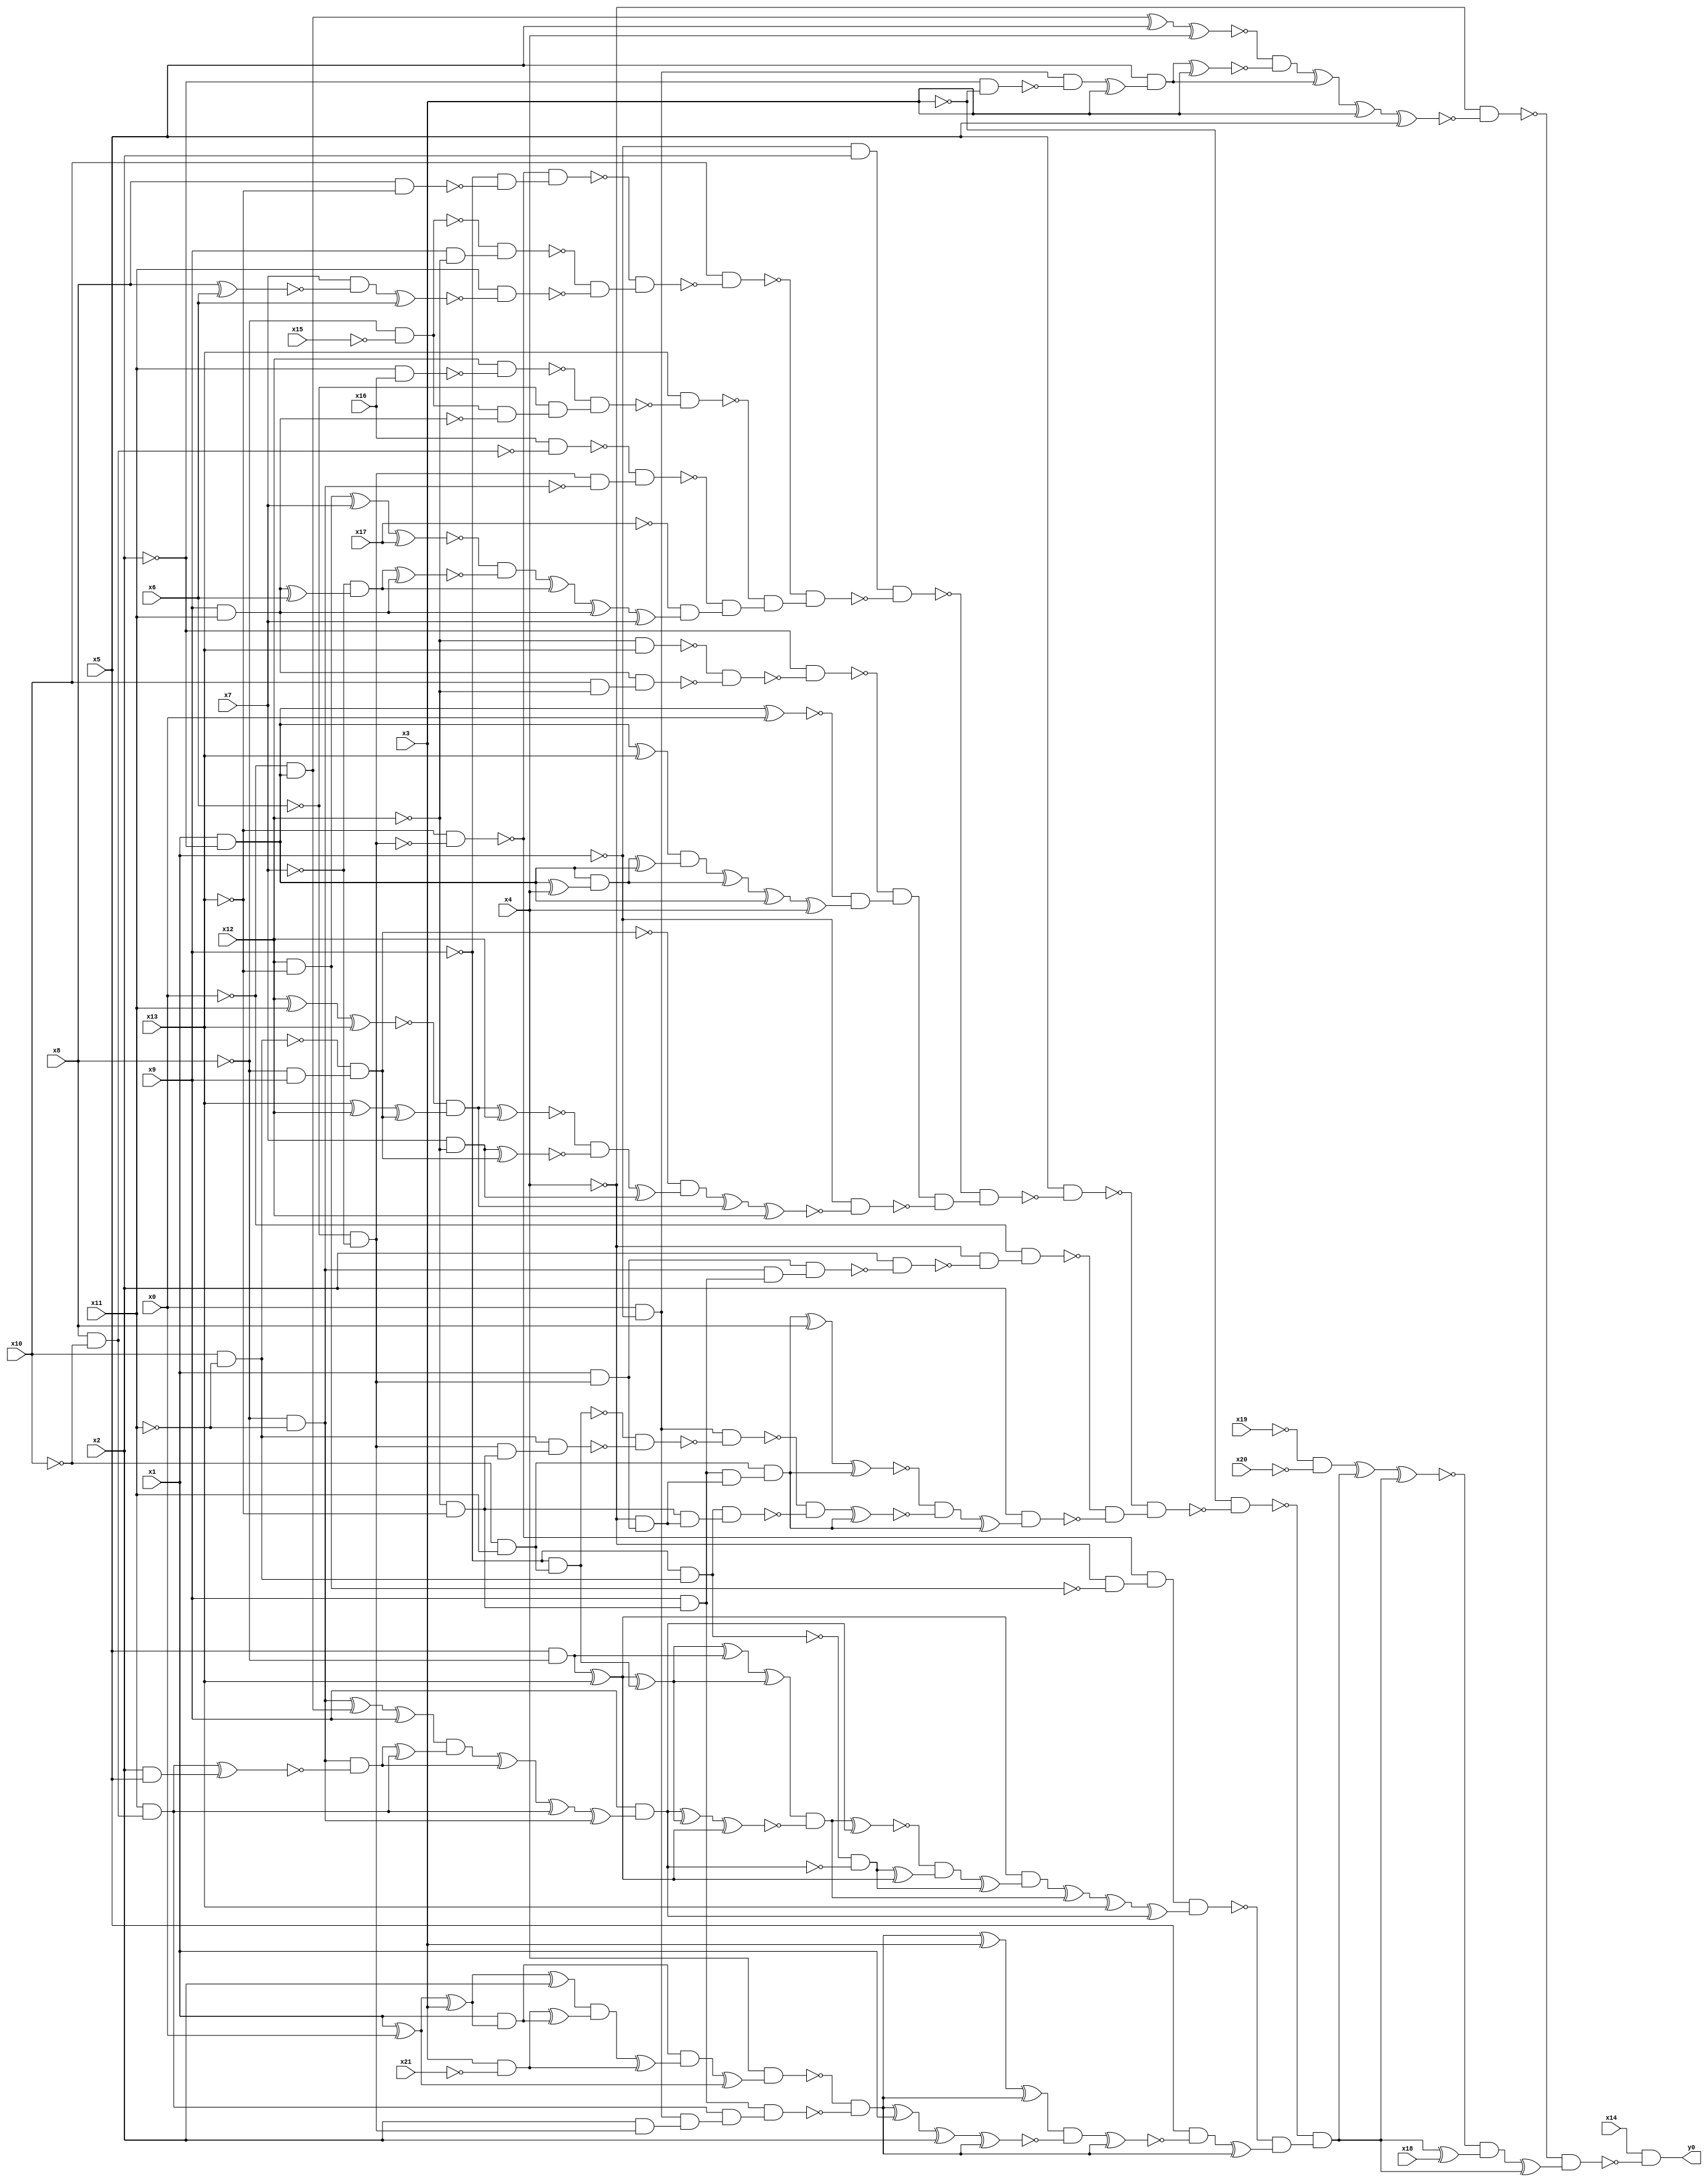
module top( x0 , x1 , x2 , x3 , x4 , x5 , x6 , x7 , x8 , x9 , x10 , x11 , x12 , x13 , x14 , x15 , x16 , x17 , x18 , x19 , x20 , x21 , y0 );
  input x0 , x1 , x2 , x3 , x4 , x5 , x6 , x7 , x8 , x9 , x10 , x11 , x12 , x13 , x14 , x15 , x16 , x17 , x18 , x19 , x20 , x21 ;
  output y0 ;
  wire n23 , n24 , n25 , n26 , n27 , n28 , n29 , n30 , n31 , n32 , n33 , n34 , n35 , n36 , n37 , n38 , n39 , n40 , n41 , n42 , n43 , n44 , n45 , n46 , n47 , n48 , n49 , n50 , n51 , n52 , n53 , n54 , n55 , n56 , n57 , n58 , n59 , n60 , n61 , n62 , n63 , n64 , n65 , n66 , n67 , n68 , n69 , n70 , n71 , n72 , n73 , n74 , n75 , n76 , n77 , n78 , n79 , n80 , n81 , n82 , n83 , n84 , n85 , n86 , n87 , n88 , n89 , n90 , n91 , n92 , n93 , n94 , n95 , n96 , n97 , n98 , n99 , n100 , n101 , n102 , n103 , n104 , n105 , n106 , n107 , n108 , n109 , n110 , n111 , n112 , n113 , n114 , n115 , n116 , n117 , n118 , n119 , n120 , n121 , n122 , n123 , n124 , n125 , n126 , n127 , n128 , n129 , n130 , n131 , n132 , n133 , n134 , n135 , n136 , n137 , n138 , n139 , n140 , n141 , n142 , n143 , n144 , n145 , n146 , n147 , n148 , n149 , n150 , n151 , n152 , n153 , n154 , n155 , n156 , n157 , n158 , n159 , n160 , n161 , n162 , n163 , n164 , n165 , n166 , n167 , n168 , n169 , n170 , n171 , n172 , n173 , n174 , n175 , n176 , n177 , n178 , n179 , n180 , n181 , n182 , n183 , n184 , n185 , n186 , n187 , n188 , n189 , n190 , n191 , n192 , n193 , n194 , n195 , n196 , n197 , n198 , n199 , n200 , n201 , n202 , n203 , n204 , n205 , n206 , n207 , n208 , n209 , n210 , n211 , n212 , n213 ;
  assign n23 = x1 & ~x2 ;
  assign n24 = ~x0 & n23 ;
  assign n25 = n24 ^ x5 ;
  assign n26 = n25 ^ x4 ;
  assign n27 = x0 & ~x1 ;
  assign n28 = ~x2 & ~x3 ;
  assign n29 = n27 & ~n28 ;
  assign n30 = n29 ^ x3 ;
  assign n31 = x5 & n30 ;
  assign n32 = n31 ^ x3 ;
  assign n33 = ~n26 & ~n32 ;
  assign n34 = n33 ^ n31 ;
  assign n35 = n34 ^ x3 ;
  assign n36 = n35 ^ x5 ;
  assign n37 = ~x4 & ~n36 ;
  assign n206 = ~x19 & ~x20 ;
  assign n38 = ~x1 & x2 ;
  assign n39 = ~x6 & ~x7 ;
  assign n40 = ~x13 & ~n39 ;
  assign n41 = x8 & ~x13 ;
  assign n42 = ~x9 & ~n41 ;
  assign n43 = ~n40 & n42 ;
  assign n44 = ~x8 & ~x15 ;
  assign n45 = x9 & ~x12 ;
  assign n46 = ~n44 & n45 ;
  assign n47 = x8 ^ x6 ;
  assign n48 = x7 & ~n47 ;
  assign n49 = n48 ^ x6 ;
  assign n50 = x11 & ~n49 ;
  assign n51 = ~n46 & ~n50 ;
  assign n52 = ~n43 & n51 ;
  assign n53 = x10 & ~n52 ;
  assign n54 = x11 & x16 ;
  assign n55 = x12 & ~n54 ;
  assign n56 = x9 & x11 ;
  assign n57 = n44 & ~n56 ;
  assign n58 = ~x6 & n57 ;
  assign n59 = ~n55 & n58 ;
  assign n60 = x13 & ~n59 ;
  assign n61 = x8 & ~x10 ;
  assign n62 = x16 & ~n61 ;
  assign n63 = ~x8 & ~x11 ;
  assign n64 = n39 & ~n63 ;
  assign n65 = ~n62 & n64 ;
  assign n66 = x12 & ~x13 ;
  assign n67 = n66 ^ x7 ;
  assign n68 = n67 ^ x17 ;
  assign n69 = n56 ^ x6 ;
  assign n70 = ~x7 & n69 ;
  assign n71 = n70 ^ n56 ;
  assign n72 = ~n68 & ~n71 ;
  assign n73 = n72 ^ n70 ;
  assign n74 = n73 ^ n56 ;
  assign n75 = n74 ^ x7 ;
  assign n76 = ~x17 & n75 ;
  assign n77 = ~n65 & n76 ;
  assign n78 = ~n60 & n77 ;
  assign n79 = ~n53 & n78 ;
  assign n80 = n38 & ~n79 ;
  assign n81 = ~x12 & x13 ;
  assign n82 = x10 & ~x12 ;
  assign n83 = n56 & n82 ;
  assign n84 = ~n81 & ~n83 ;
  assign n85 = ~x2 & ~n84 ;
  assign n86 = n23 ^ x0 ;
  assign n87 = n23 ^ x13 ;
  assign n88 = n23 ^ x4 ;
  assign n89 = n23 & n88 ;
  assign n90 = n89 ^ n23 ;
  assign n91 = n87 & n90 ;
  assign n92 = n91 ^ n89 ;
  assign n93 = n92 ^ n23 ;
  assign n94 = n93 ^ x4 ;
  assign n95 = ~n86 & n94 ;
  assign n96 = ~n85 & n95 ;
  assign n97 = x10 & ~x11 ;
  assign n98 = ~x8 & x9 ;
  assign n99 = ~n97 & n98 ;
  assign n100 = x12 ^ x11 ;
  assign n101 = n100 ^ x13 ;
  assign n102 = x13 ^ x12 ;
  assign n103 = n102 ^ n99 ;
  assign n104 = ~n101 & n103 ;
  assign n105 = n104 ^ x12 ;
  assign n106 = x7 & ~x12 ;
  assign n107 = n106 ^ n99 ;
  assign n108 = ~n105 & ~n107 ;
  assign n109 = n108 ^ n106 ;
  assign n110 = ~n99 & n109 ;
  assign n111 = n110 ^ n104 ;
  assign n112 = n111 ^ x12 ;
  assign n113 = ~x1 & ~n112 ;
  assign n114 = n96 & ~n113 ;
  assign n115 = ~n80 & n114 ;
  assign n116 = x5 & ~n115 ;
  assign n117 = x1 & n39 ;
  assign n118 = ~x12 & ~x13 ;
  assign n119 = x9 & n118 ;
  assign n120 = n63 & n119 ;
  assign n121 = n117 & n120 ;
  assign n122 = x2 & ~n121 ;
  assign n123 = ~x4 & ~n122 ;
  assign n124 = ~x0 & n123 ;
  assign n125 = ~x10 & x11 ;
  assign n126 = ~x4 & n117 ;
  assign n127 = n119 & n126 ;
  assign n128 = n125 & n127 ;
  assign n129 = n128 ^ x8 ;
  assign n130 = n129 ^ n128 ;
  assign n131 = ~x9 & n125 ;
  assign n132 = n39 & n118 ;
  assign n133 = n97 & n132 ;
  assign n134 = ~n131 & ~n133 ;
  assign n135 = n27 & ~n134 ;
  assign n136 = ~x9 & n97 ;
  assign n137 = n118 & n126 ;
  assign n138 = n136 & n137 ;
  assign n139 = ~n135 & ~n138 ;
  assign n140 = n139 ^ n128 ;
  assign n141 = ~n130 & ~n140 ;
  assign n142 = n141 ^ n128 ;
  assign n143 = x2 & n142 ;
  assign n144 = ~n124 & ~n143 ;
  assign n145 = ~n116 & n144 ;
  assign n146 = ~x3 & ~n145 ;
  assign n147 = ~x4 & ~n66 ;
  assign n148 = ~n40 & n147 ;
  assign n149 = x5 & ~x8 ;
  assign n150 = n149 ^ x13 ;
  assign n151 = n150 ^ n131 ;
  assign n152 = n151 ^ n149 ;
  assign n153 = n152 ^ n151 ;
  assign n154 = n63 ^ n24 ;
  assign n155 = n154 ^ x9 ;
  assign n157 = x11 & n61 ;
  assign n156 = x2 & x5 ;
  assign n158 = n157 ^ n156 ;
  assign n159 = n63 & ~n158 ;
  assign n160 = n159 ^ n157 ;
  assign n161 = n155 & n160 ;
  assign n162 = n161 ^ n159 ;
  assign n163 = n162 ^ n157 ;
  assign n164 = n163 ^ n63 ;
  assign n165 = x9 & n164 ;
  assign n166 = n165 ^ n151 ;
  assign n167 = n166 ^ n150 ;
  assign n168 = n153 & ~n167 ;
  assign n169 = n168 ^ n165 ;
  assign n170 = ~n136 & ~n165 ;
  assign n171 = n170 ^ n150 ;
  assign n172 = ~n169 & n171 ;
  assign n173 = n172 ^ n170 ;
  assign n174 = n150 & n173 ;
  assign n175 = n174 ^ n168 ;
  assign n176 = n175 ^ x13 ;
  assign n177 = n176 ^ n165 ;
  assign n178 = n148 & n177 ;
  assign n179 = x1 ^ x0 ;
  assign n180 = n179 ^ x3 ;
  assign n181 = x1 & n180 ;
  assign n182 = n180 ^ x2 ;
  assign n183 = x3 & ~x21 ;
  assign n184 = n183 ^ n181 ;
  assign n185 = n182 & n184 ;
  assign n186 = n185 ^ n183 ;
  assign n187 = n181 & n186 ;
  assign n188 = n187 ^ n179 ;
  assign n189 = x4 & n188 ;
  assign n190 = x2 & n39 ;
  assign n191 = n27 & n190 ;
  assign n192 = n157 & n191 ;
  assign n193 = n119 & n192 ;
  assign n194 = ~n189 & ~n193 ;
  assign n195 = n194 ^ x3 ;
  assign n196 = n195 ^ n194 ;
  assign n197 = n194 ^ x1 ;
  assign n198 = n197 ^ x2 ;
  assign n199 = n198 ^ n194 ;
  assign n200 = n196 & ~n199 ;
  assign n201 = n200 ^ n194 ;
  assign n202 = x5 & ~n201 ;
  assign n203 = n202 ^ n194 ;
  assign n204 = ~n178 & n203 ;
  assign n205 = ~n146 & n204 ;
  assign n207 = n206 ^ n205 ;
  assign n208 = n207 ^ n205 ;
  assign n209 = n205 ^ x18 ;
  assign n210 = ~n208 & n209 ;
  assign n211 = n210 ^ n205 ;
  assign n212 = ~n37 & n211 ;
  assign n213 = x14 & ~n212 ;
  assign y0 = n213 ;
endmodule